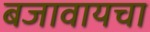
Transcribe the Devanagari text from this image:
बजावायचा